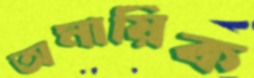
অমায়িক